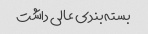
بسته بندی عالی داشت